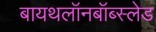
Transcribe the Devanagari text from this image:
बायथलॉनबॉब्स्लेड